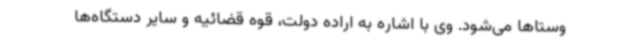
وستاها می‌شود. وی با اشاره به اراده دولت، قوه قضائیه و سایر دستگاه‌ها